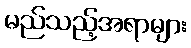
မည်သည့်အရာများ